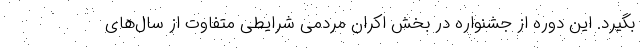
بگیرد. این دوره از جشنواره در بخش اکران مردمی شرایطی متفاوت از سال‌های